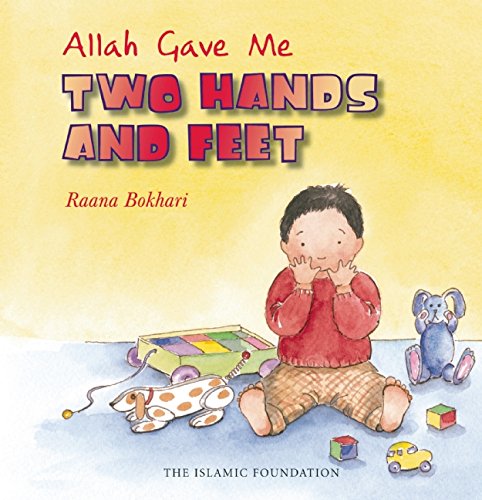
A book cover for Allah Gave Me Two Hands and Feet (Allah the Maker); Raana Bokhari; Children's Books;